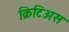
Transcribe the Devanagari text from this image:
क्रिटिअस